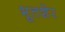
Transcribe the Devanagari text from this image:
भूतशेर